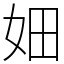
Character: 㚼